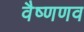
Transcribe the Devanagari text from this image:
वैष्णणव